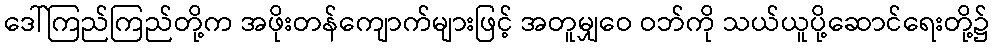
ဒေါ်ကြည်ကြည်တို့က အဖိုးတန်ကျောက်များဖြင့် အတူမျှဝေ ဝဘ်ကို သယ်ယူပို့ဆောင်ရေးတို့၌